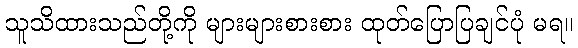
သူသိထားသည်တို့ကို များများစားစား ထုတ်ပြောပြချင်ပုံ မရ။